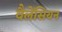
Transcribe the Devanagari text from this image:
वैलेंसियन